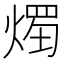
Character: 𱫴